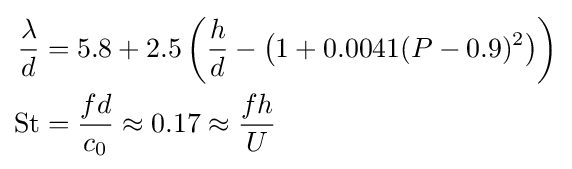
{\begin{aligned}{\frac {\lambda }{d}}&=5.8+2.5\left({\frac {h}{d}}-\left(1+0.0041(P-0.9)^{2}\right)\right)\\{\text{St}}&={\frac {fd}{c_{0}}}\approx 0.17\approx {\frac {fh}{U}}\end{aligned}}